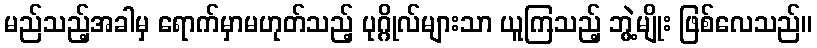
မည်သည့်အခါမှ ရောက်မှာမဟုတ်သည့် ပုဂ္ဂိုလ်များသာ ယူကြသည့် ဘွဲ့မျိုး ဖြစ်လေသည်။